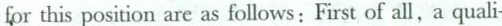
for this position are as follows:First of all,a quali-